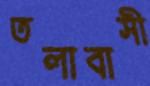
তলাবাসী